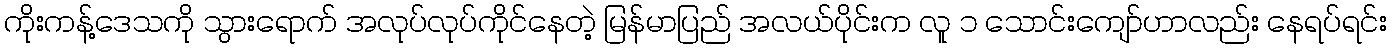
ကိုးကန့်ဒေသကို သွားရောက် အလုပ်လုပ်ကိုင်နေတဲ့ မြန်မာပြည် အလယ်ပိုင်းက လူ ၁ သောင်းကျော်ဟာလည်း နေရပ်ရင်း